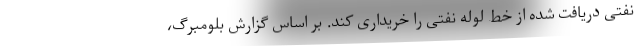
نفتی دریافت شده از خط لوله نفتی را خریداری کند. بر اساس گزارش بلومبرگ،